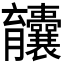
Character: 𫇄